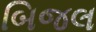
બિજલ